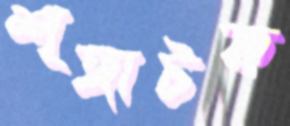
শৃঙ্গাটক